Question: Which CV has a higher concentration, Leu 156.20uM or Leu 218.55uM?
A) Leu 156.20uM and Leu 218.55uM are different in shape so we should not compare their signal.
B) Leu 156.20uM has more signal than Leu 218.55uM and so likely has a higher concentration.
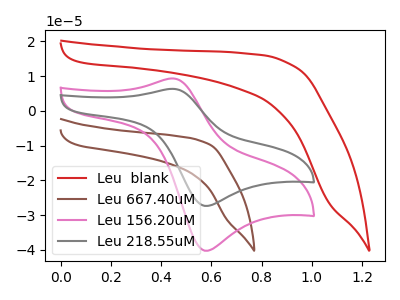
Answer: <think>The red curve "Leu  blank" has no peaks. The brown curve "Leu 667.40uM" has no peaks. The pink curve "Leu 156.20uM" has an anodic peak at (0.45V, 9.35uA) and a cathodic peak at (0.55V, -40.20uA). The gray curve "Leu 218.55uM" has an anodic peak at (0.45V, 6.35uA) and a cathodic peak at (0.55V, -27.30uA).
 All the peaks in "Leu 156.20uM" have a peak in "Leu 218.55uM" at the same potential. Every peak in "Leu 156.20uM" is higher than every peak in "Leu 218.55uM".</think>
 <answer>B) "Leu 156.20uM" has more signal than "Leu 218.55uM" and so likely has a higher concentration.</answer>
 <eval>B</eval>